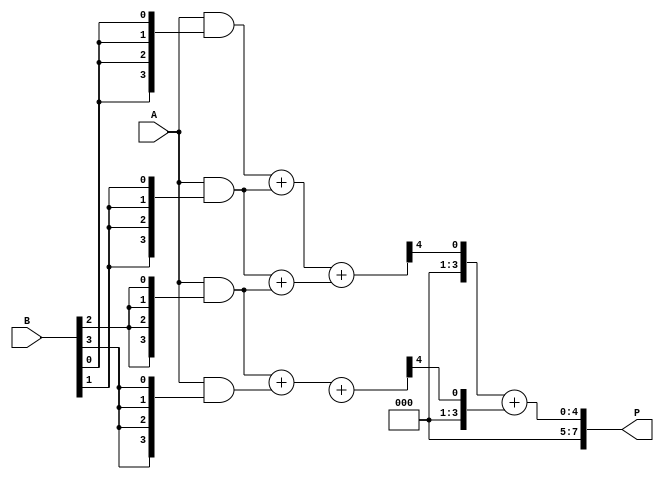
module WallaceTreeMultiplier #(parameter N = 4) (
    input [N-1:0] A, // Multiplicand
    input [N-1:0] B, // Multiplier
    output [2*N-1:0] P // Product
);

// Partial Product Generation
wire [N-1:0] pp [0:N-1]; // Partial products
genvar i, j;
generate
    for (i = 0; i < N; i = i + 1) begin : partial_products
        assign pp[i] = A & {N{B[i]}};
    end
endgenerate

// Wallace Tree Reduction
wire [N-1:0] sum [0:N-1]; // Sums at each stage
wire [N-1:0] carry [0:N-1]; // Carries at each stage

// Stage 1: Combine partial products using half and full adders
generate
    for (i = 0; i < N-1; i = i + 1) begin : stage1
        if (i % 2 == 0) begin
            assign {carry[i], sum[i]} = pp[i] + pp[i+1];
        end else begin
            assign {carry[i], sum[i]} = {1'b0, pp[i]} + {1'b0, pp[i+1]};
        end
    end
endgenerate

// Stage 2: Further reduction
wire [N-1:0] sum2 [0:N/2-1];
wire [N-1:0] carry2 [0:N/2-1];

generate
    for (i = 0; i < N/2; i = i + 1) begin : stage2
        assign {carry2[i], sum2[i]} = sum[i*2] + sum[i*2+1];
    end
endgenerate

// Final Addition
wire [N-1:0] final_sum;
wire [N-1:0] final_carry;

assign {final_carry, final_sum} = carry2[0] + carry2[1];

// Final Product Calculation
assign P = {final_carry, final_sum};

endmodule